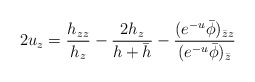
\begin{align*}2u_z=\frac{h_{zz}}{h_z}-\frac{2h_z}{h+\bar{h}}-\frac{(e^{-u}\bar{\phi})_{\bar{z}z}}{(e^{-u}\bar{\phi})_{\bar{z}}}\end{align*}